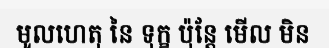
មូលហេតុ នៃ ទុក្ខ ប៉ុន្តែ មើល មិន